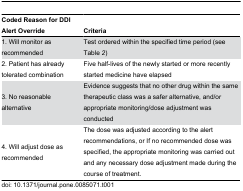
<table><thead><tr><td><b>Coded Reason for DDI Alert Override</b></td><td><b>Criteria</b></td></tr></thead><tbody><tr><td>1. Will monitor as recommended</td><td>Test ordered within the specified time period (see Table <i>2</i>)</td></tr><tr><td>2. Patient has already tolerated combination</td><td>Five half-lives of the newly started or more recently started medicine have elapsed </td></tr><tr><td>3. No reasonable alternative</td><td>Evidence suggests that no other drug within the same therapeutic class was a safer alternative, and/or appropriate monitoring/dose adjustment was conducted </td></tr><tr><td>4. Will adjust dose as recommended</td><td>The dose was adjusted according to the alert recommendations, or If no recommended dose was specified, the appropriate monitoring was carried out and any necessary dose adjustment made during the course of treatment.</td></tr></tbody></table>